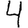
Digit: 4